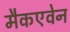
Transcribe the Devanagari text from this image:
मैकएवेन